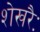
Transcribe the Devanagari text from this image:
शेखरैः